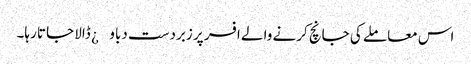
اس معاملے کی جانچ کرنے والے افسر پر زبردست دباو¿ ڈالا جاتا رہا۔